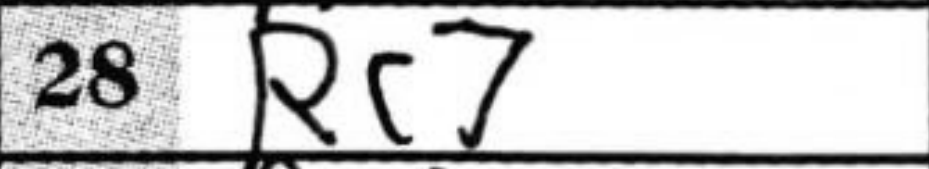
Transcription: Rc7